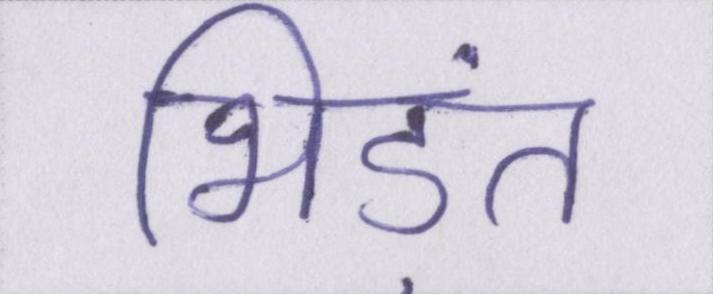
भिड़ंत